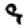
Digit: 9